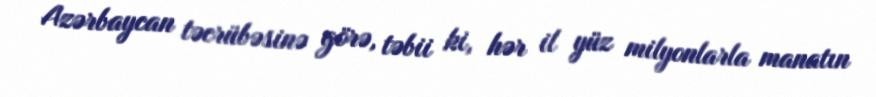
Azərbaycan təcrübəsinə görə, təbii ki, hər il yüz milyonlarla manatın